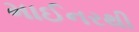
માઈનરથી